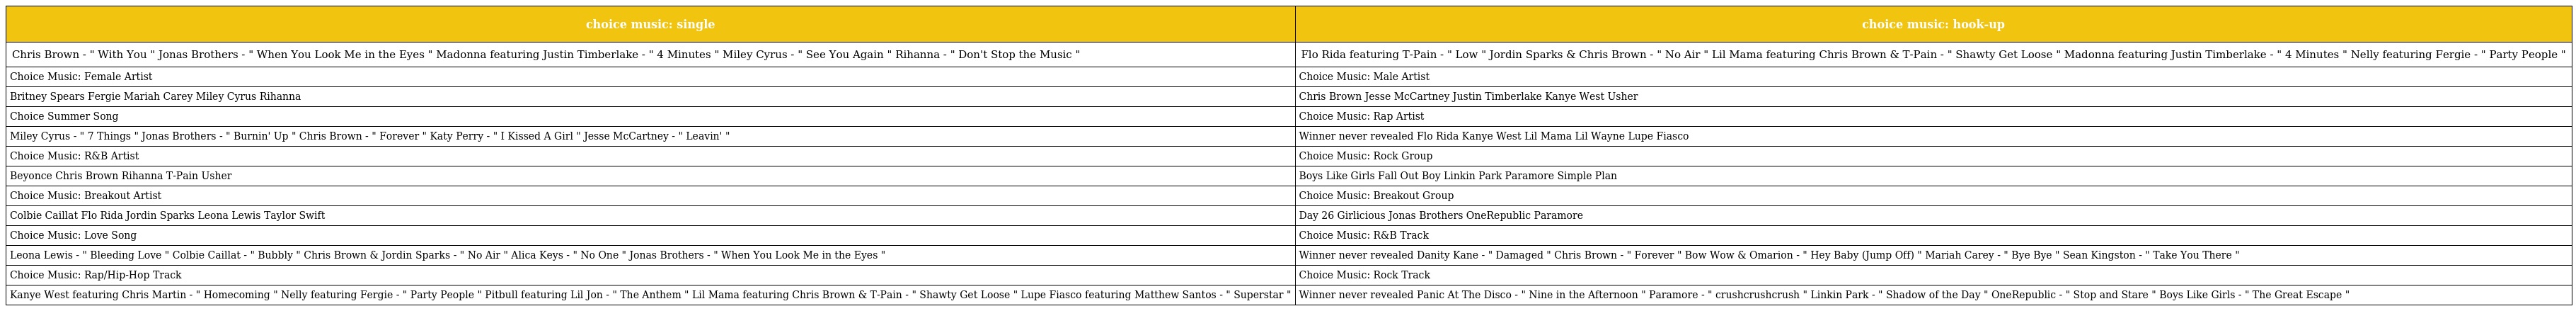
| choice music: single | choice music: hook-up |
 | --- | --- |
 | Chris Brown - " With You " Jonas Brothers - " When You Look Me in the Eyes " Madonna featuring Justin Timberlake - " 4 Minutes " Miley Cyrus - " See You Again " Rihanna - " Don't Stop the Music " | Flo Rida featuring T-Pain - " Low " Jordin Sparks & Chris Brown - " No Air " Lil Mama featuring Chris Brown & T-Pain - " Shawty Get Loose " Madonna featuring Justin Timberlake - " 4 Minutes " Nelly featuring Fergie - " Party People " |
 | Choice Music: Female Artist | Choice Music: Male Artist |
 | Britney Spears Fergie Mariah Carey Miley Cyrus Rihanna | Chris Brown Jesse McCartney Justin Timberlake Kanye West Usher |
 | Choice Summer Song | Choice Music: Rap Artist |
 | Miley Cyrus - " 7 Things " Jonas Brothers - " Burnin' Up " Chris Brown - " Forever " Katy Perry - " I Kissed A Girl " Jesse McCartney - " Leavin' " | Winner never revealed Flo Rida Kanye West Lil Mama Lil Wayne Lupe Fiasco |
 | Choice Music: R&B Artist | Choice Music: Rock Group |
 | Beyonce Chris Brown Rihanna T-Pain Usher | Boys Like Girls Fall Out Boy Linkin Park Paramore Simple Plan |
 | Choice Music: Breakout Artist | Choice Music: Breakout Group |
 | Colbie Caillat Flo Rida Jordin Sparks Leona Lewis Taylor Swift | Day 26 Girlicious Jonas Brothers OneRepublic Paramore |
 | Choice Music: Love Song | Choice Music: R&B Track |
 | Leona Lewis - " Bleeding Love " Colbie Caillat - " Bubbly " Chris Brown & Jordin Sparks - " No Air " Alica Keys - " No One " Jonas Brothers - " When You Look Me in the Eyes " | Winner never revealed Danity Kane - " Damaged " Chris Brown - " Forever " Bow Wow & Omarion - " Hey Baby (Jump Off) " Mariah Carey - " Bye Bye " Sean Kingston - " Take You There " |
 | Choice Music: Rap/Hip-Hop Track | Choice Music: Rock Track |
 | Kanye West featuring Chris Martin - " Homecoming " Nelly featuring Fergie - " Party People " Pitbull featuring Lil Jon - " The Anthem " Lil Mama featuring Chris Brown & T-Pain - " Shawty Get Loose " Lupe Fiasco featuring Matthew Santos - " Superstar " | Winner never revealed Panic At The Disco - " Nine in the Afternoon " Paramore - " crushcrushcrush " Linkin Park - " Shadow of the Day " OneRepublic - " Stop and Stare " Boys Like Girls - " The Great Escape " |